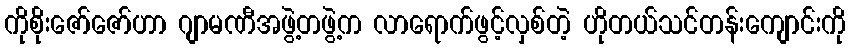
ကိုစိုးဇော်ဇော်ဟာ ဂျာမဏီအဖွဲ့တဖွဲ့က လာရောက်ဖွင့်လှစ်တဲ့ ဟိုတယ်သင်တန်းကျောင်းကို